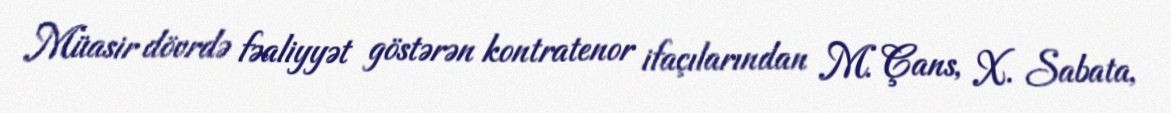
Müasir dövrdə fəaliyyət göstərən kontratenor ifaçılarından M. Çans, X. Sabata,